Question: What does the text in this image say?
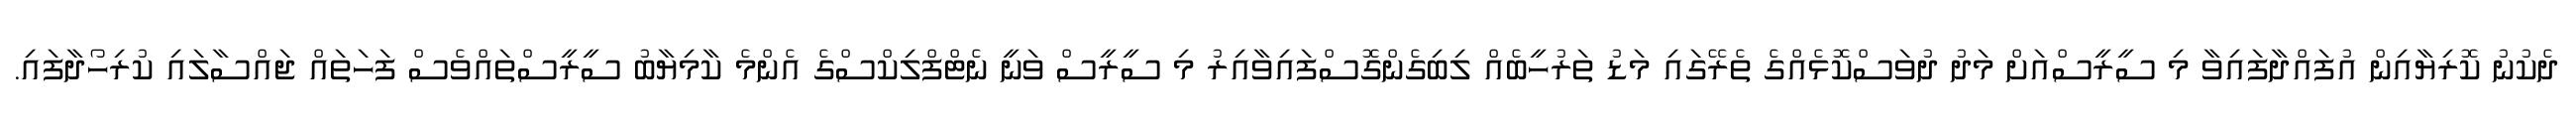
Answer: ދެކުނު ކޮރިޔާއިން އުފައްދާފައިވާ މި ސީރީސްއަށް މަދު ދުވަސްކޮޅެއްގެ ތެރޭގައި މަޑު ތަރުހީބެއް ލިބިގެންގޮސްފައިވާއިރު މި ސީރީސް ވަނީ ނެޓްފްލިކްސްގެ އެންމެ ކާމިޔާބު ސީރީސްތައްވެސް ފަހަތައް ޖައްސާލައި ކުރިހޯދާފައި.